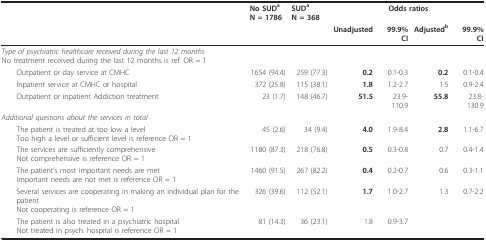
<table><thead><tr><td></td><td><b>No SUD<sup>a</sup>N = 1786</b></td><td><b>SUD<sup>a</sup>N = 368</b></td><td colspan="4"><b>Odds ratios</b></td></tr><tr><td></td><td></td><td></td><td><b>Unadjusted</b></td><td><b>99.9% CI</b></td><td><b>Adjusted<sup>b</sup></b></td><td><b>99.9% CI</b></td></tr></thead><tbody><tr><td><i>Type of psychiatric healthcare received during the last 12 months</i>No treatment received during the last 12 months is ref. OR = 1</td><td></td><td></td><td></td><td></td><td></td><td></td></tr><tr><td> Outpatient or day service at CMHC</td><td>1654 (94.4)</td><td>259 (77.3)</td><td><b>0.2</b></td><td>0.1-0.3</td><td><b>0.2</b></td><td>0.1-0.4</td></tr><tr><td> Inpatient service at CMHC or hospital</td><td>372 (25.8)</td><td>115 (38.1)</td><td><b>1.8</b></td><td>1.2-2.7</td><td>1.5</td><td>0.9-2.4</td></tr><tr><td> Outpatient or inpatient Addiction treatment</td><td>23 (1.7)</td><td>148 (46.7)</td><td><b>51.5</b></td><td>23.9-110.9</td><td><b>55.8</b></td><td>23.8-130.9</td></tr><tr><td><i>Additional questions about the services in total</i></td><td></td><td></td><td></td><td></td><td></td><td></td></tr><tr><td> The patient is treated at too low a levelToo high a level or sufficient level is reference OR = 1</td><td>45 (2.6)</td><td>34 (9.4)</td><td><b>4.0</b></td><td>1.9-8.4</td><td><b>2.8</b></td><td>1.1-6.7</td></tr><tr><td> The services are sufficiently comprehensiveNot comprehensive is reference OR = 1</td><td>1180 (87.3)</td><td>218 (76.8)</td><td><b>0.5</b></td><td>0.3-0.8</td><td>0.7</td><td>0.4-1.4</td></tr><tr><td> The patient&#x27;s most important needs are metImportant needs are not met is reference OR = 1</td><td>1460 (91.5)</td><td>267 (82.2)</td><td><b>0.4</b></td><td>0.2-0.7</td><td>0.6</td><td>0.3-1.1</td></tr><tr><td> Several services are cooperating in making an individual plan for the patientNot cooperating is reference OR = 1</td><td>326 (39.6)</td><td>112 (52.1)</td><td><b>1.7</b></td><td>1.0-2.7</td><td>1.3</td><td>0.7-2.2</td></tr><tr><td> The patient is also treated in a psychiatric hospitalNot treated in psych. hospital is reference OR = 1</td><td>81 (14.3)</td><td>36 (23.1)</td><td>1.8</td><td>0.9-3.7</td><td></td><td></td></tr></tbody></table>